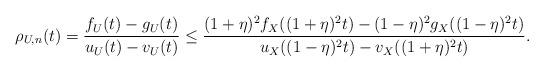
LaTeX: \begin{align*} \rho_{U,n}(t) = \frac{f_{U}(t)-g_{U}(t)}{u_{U}(t)-v_{U}(t)} \le \frac{(1+\eta)^2f_X((1+\eta)^2t)-(1-\eta)^2g_X((1-\eta)^2t)}{u_X((1-\eta)^2t)-v_X((1+\eta)^2t)}.\end{align*}